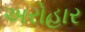
અરોહાર